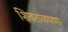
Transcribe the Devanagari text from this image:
शिवराळपणा